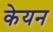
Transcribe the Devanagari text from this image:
केयन